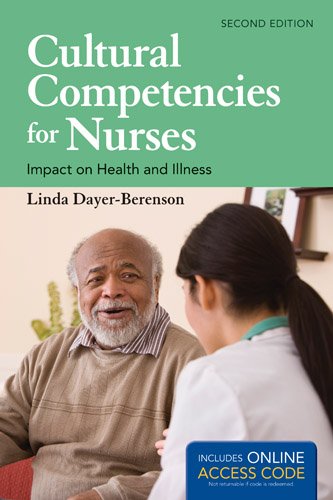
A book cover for Cultural Competencies For Nurses: Impact on Health and Illness; Linda Dayer-Berenson; Medical Books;